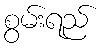
စွမ်းရည်